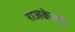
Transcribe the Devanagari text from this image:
राजकेसरी